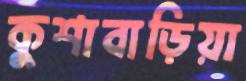
কুশাবাড়িয়া